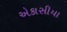
એકાસીયા